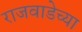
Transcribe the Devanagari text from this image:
राजवाडेच्या